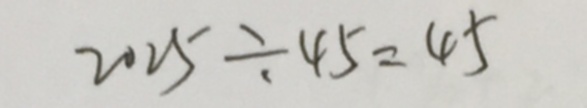
2 0 2 5 \div 4 5 = 4 5